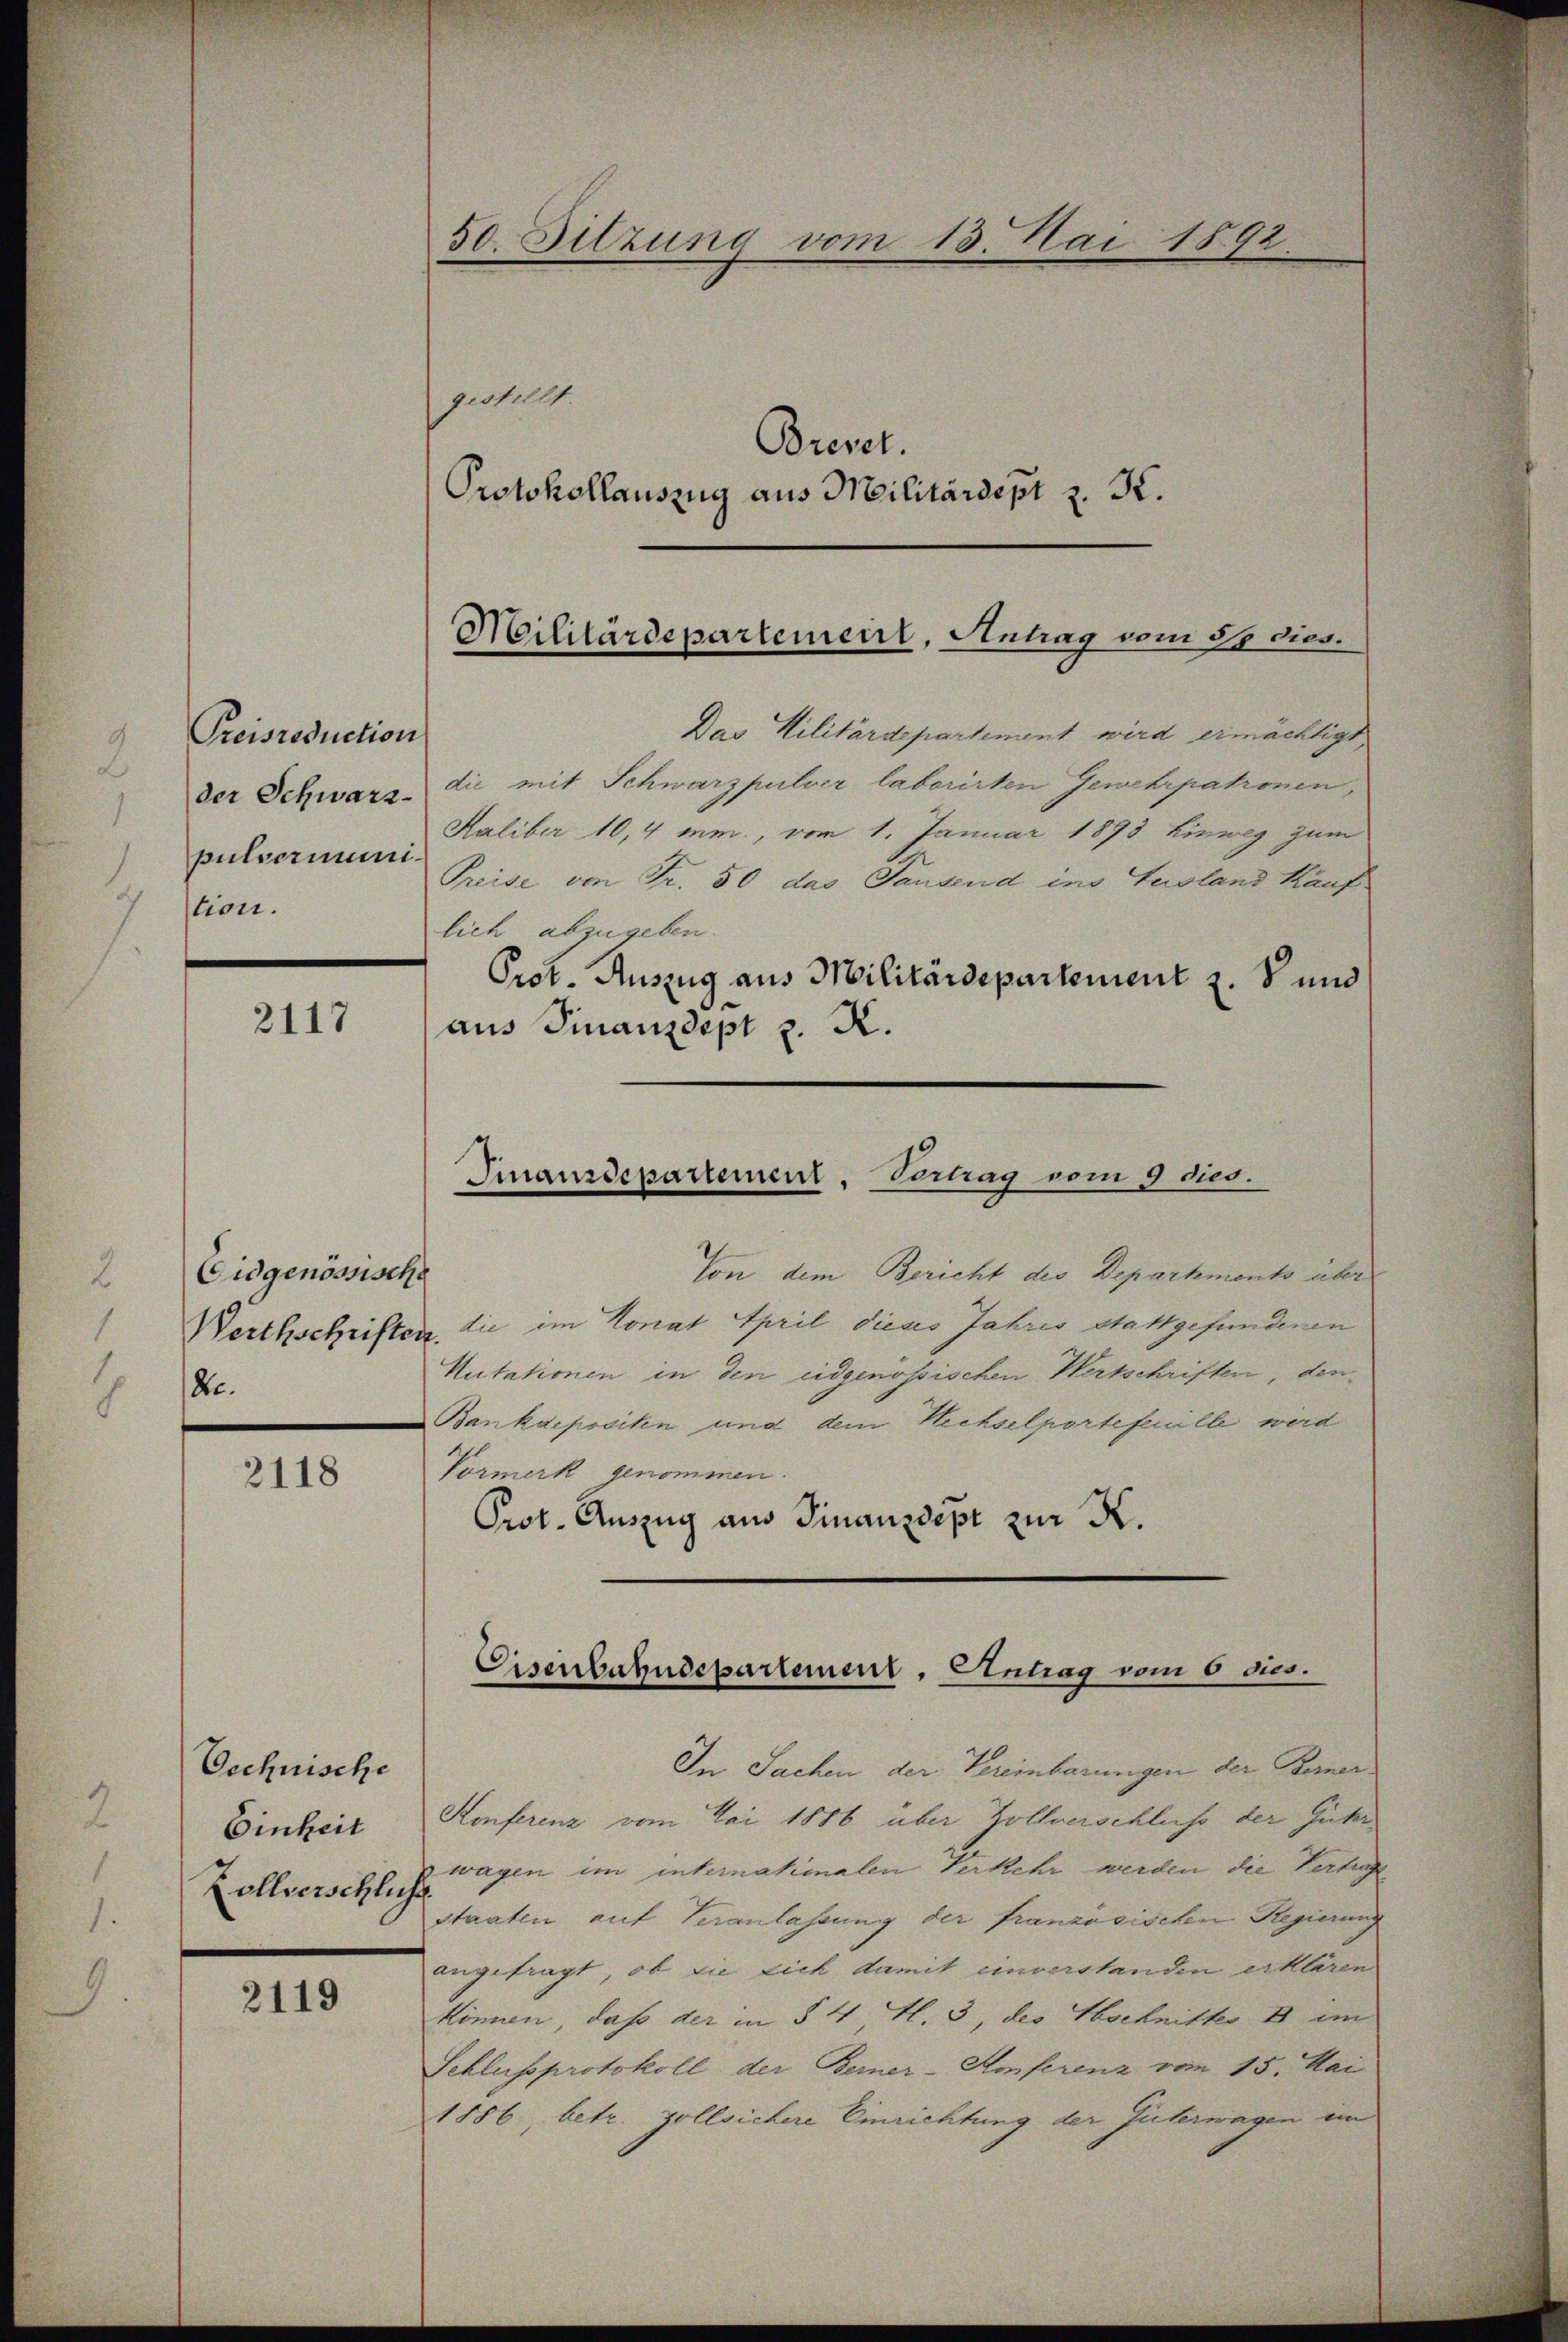
Preisreduction
pulserimistion.

2117

Eidgenössische
de

2118

Oechnische
Einheit
Zollverschluss

2119

50. Sitzung vom 13. Mai 1892.
gestellt.
Brevet.
Protokollauszug aus Militärdept z. K.

Das Militärdepartement wird ermächtigt,
der Schwarz die mit Schwarzpulver laborirten Gewehrpatronen,
Haliber 10,4 mm., vom 1. Januar 1893 Einweg zum
Preise von Fr. 50 das Tausend ins Ausland Kauf
lich abzugeben.
Prot. Auszug aus Militärdepartement z. S und
aus Finanzdept z. R.

Von dem Bericht des Departements über
Werthschriften, die im Konat April dieses Jahres stattgefundenen
Nutationen in den eidgenössischen Wertschriften, den
Bankdepositen und dem Wechselportefeuille wird
Vormerk genommen.
Prot. Auszug aus Finanzdipt zur K.

Militärdepartement, Antrag vom 31 dies

Finanzdepartement, Vertrag vom 9 dies.

Cisenbahndepartement, Antrag vom 6 dies.

In Sachen der Vereinbarungen der Ferner¬
Konferenz vom Mai 1886 über Zollverschluss der Güter
wagen im internationalen Verkehr werden die Vertrage
staaten auf Veranlassung der französischen Regierung
angefragt, ob sie sich damit einverstanden erklären
können, daß der in § 4 fl. 3, der Abschnitter u im
Schlussprotokoll der Bemer-Hoferenz vom 15. Mai
1886, betr. Zollsichere Einrichtung der Güterwagen im